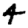
Digit: 4